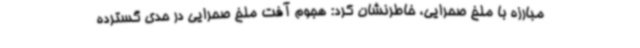
مبارزه با ملخ صحرایی، خاطرنشان کرد: هجوم آفت ملخ صحرایی در حدی گسترده